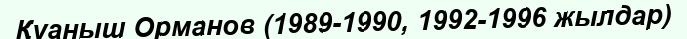
Қуаныш Орманов (1989-1990, 1992-1996 жылдар)